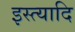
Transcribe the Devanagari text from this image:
इस्त्यादि